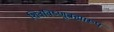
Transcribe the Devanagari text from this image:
शिवविष्णूब्रह्मारूप